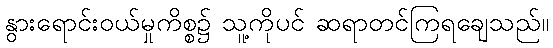
နွားရောင်းဝယ်မှုကိစ္စ၌ သူ့ကိုပင် ဆရာတင်ကြရချေသည်။